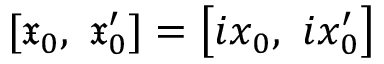
[ { \mathfrak { x } } _ { 0 } , \ { \mathfrak { x } } _ { 0 } ^ { \prime } ] = \left[ i x _ { 0 } , \ i x _ { 0 } ^ { \prime } \right]